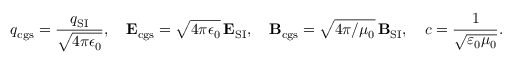
q _ { \mathrm { c g s } } = { \frac { q _ { \mathrm { S I } } } { \sqrt { 4 \pi \epsilon _ { 0 } } } } , \quad \mathbf { E } _ { \mathrm { c g s } } = { \sqrt { 4 \pi \epsilon _ { 0 } } } \, \mathbf { E } _ { \mathrm { S I } } , \quad \mathbf { B } _ { \mathrm { c g s } } = { \sqrt { 4 \pi / \mu _ { 0 } } } \, { \mathbf { B } _ { \mathrm { S I } } } , \quad c = { \frac { 1 } { \sqrt { \varepsilon _ { 0 } \mu _ { 0 } } } } .